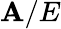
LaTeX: \mathbf{A}/E